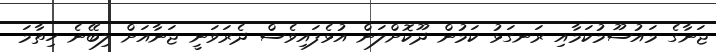
ޖަނާގެ މައުސޫމުކަމާއި ރަނގަޅު ކަމުން ދޫކޮށްލަން އުޅެފައިވެސް ދެރަވަނީ ޖަނާއަށް ލިބޭނެ ހިތާމަ